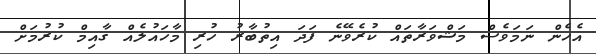
އެހެން ނަމަވެސް މަޝްވަރާތައް ކުރެވޭނެ ފަދަ އިތުބާރު ހުރި މާހައުލެއް ގާއިމް ކުރުމަށް